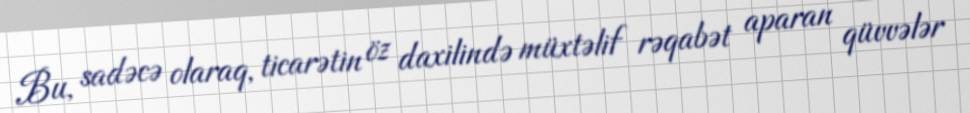
Bu, sadəcə olaraq, ticarətin öz daxilində müxtəlif rəqabət aparan qüvvələr